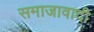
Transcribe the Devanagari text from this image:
समाजावादी